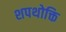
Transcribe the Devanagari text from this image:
शपथोक्ति